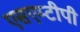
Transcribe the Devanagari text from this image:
एसएम्टीपी